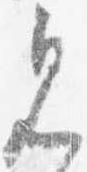
見